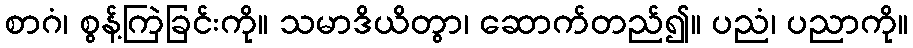
စာဂံ၊ စွန့်ကြဲခြင်းကို။ သမာဒိယိတွာ၊ ဆောက်တည်၍။ ပညံ၊ ပညာကို။